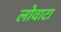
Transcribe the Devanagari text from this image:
लोवाटा